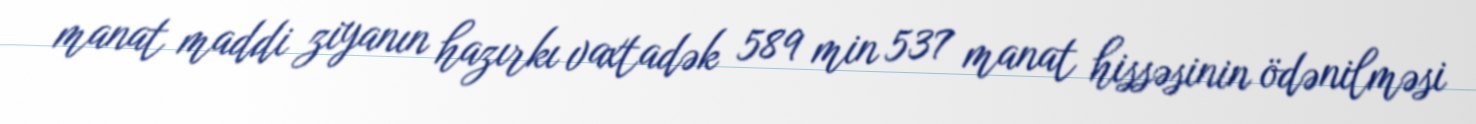
manat maddi ziyanın hazırkı vaxtadək 589 min 537 manat hissəsinin ödənilməsi